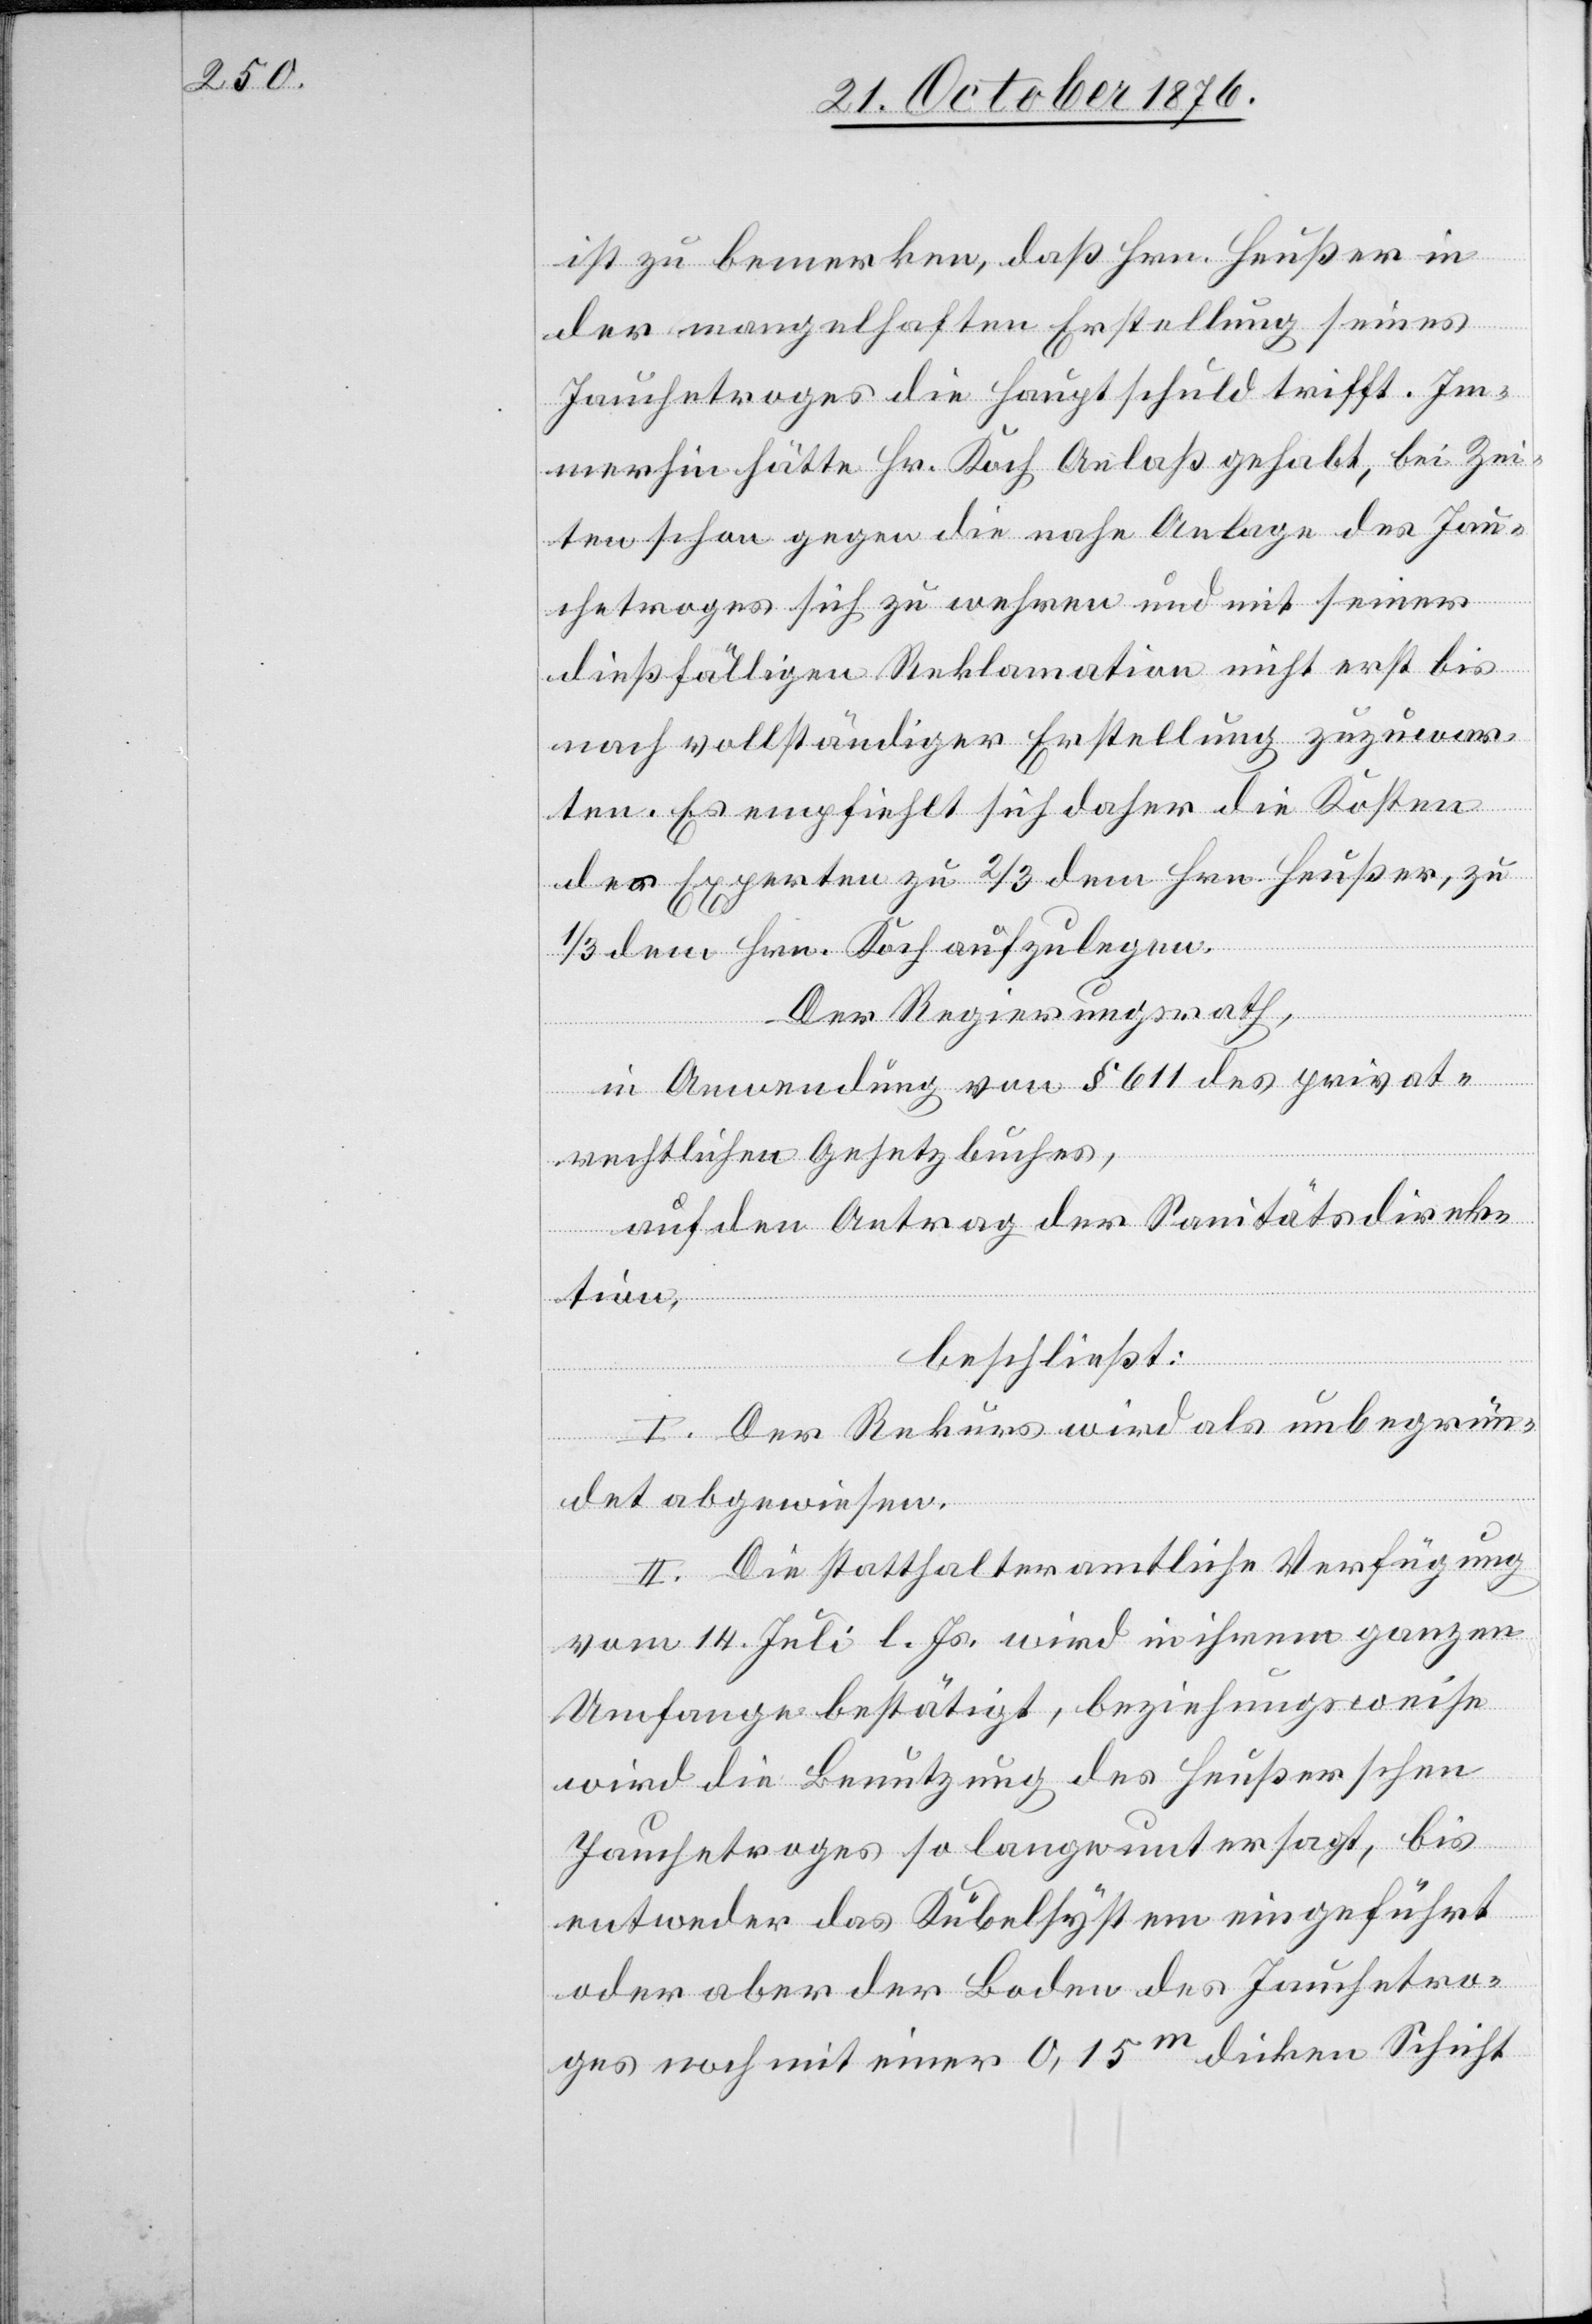
ist zu bemerken, daß Hrn. Heußer in
der mangelhaften Erstellung seines
Jauchetroges die Hauptschuld trifft. Im¬
merhin hätte Hr. Koch Anlaß gehabt, bei Zei¬
ten schon gegen die nahe Anlage des Jau¬
chetroges sich zu wehren und mit seiner
dießfälligen Reklamation nicht erst bis
nach vollständiger Erstellung zuzuwar¬
ten. Es empfiehlt sich daher die Kosten
der Experten zu 2/3 dem Hrn. Heußer, zu
1/3 dem Hrn. Koch aufzulegen.
Der Regierungsrath,
in Anwendung von § 611 des privat¬
rechtlichen Gesetzbuches,
auf den Antrag der Sanitätsdirek¬
tion,
beschließt:
I. Der Rekurs wird als unbegrün¬
det abgewiesen.
II. Die statthalteramtliche Verfügung
vom 14. Juli l. Js. wird in ihrem ganzen
Umgange bestätigt, beziehungsweise
wird die Benutzung des Heußerschen
Jauchetroges so lange untersagt, bis
entweder das Kübelsystem eingeführt
oder aber der Boden des Jauchetro¬
ges noch mit einer 0,15m dicken Schicht